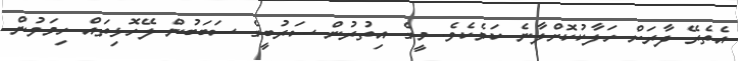
އެތެރޭ ދާރަށް ހަލާކުކޮށްލާނެ ކަމެކެވެ. މީގެ އިތުރުން ސަރުބީގެ ސަބަބުން ލޭހޮޅިތައް ހިމަވުން